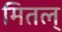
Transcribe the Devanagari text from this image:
मितल्